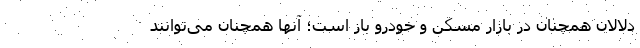
دلالان همچنان در بازار مسکن و خودرو باز است؛ آنها همچنان می‌توانند